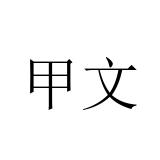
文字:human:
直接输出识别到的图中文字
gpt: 甲文